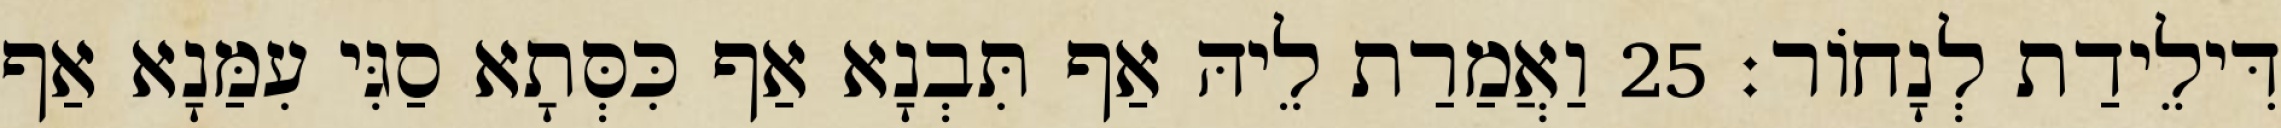
דִּילֵידַת לְנָחוֹר׃ 25 וַאֲמַרַת לֵיהּ אַף תִּבְנָא אַף כִּסְּתָא סַגִּי עִמַּנָא אַף